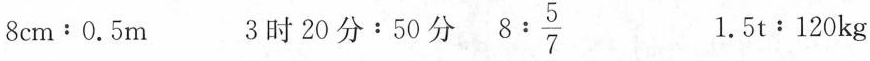
$$8 c m﹔0 . 5 m$$ $$3 时 2 0 分：5 0 分$$ $$8 : \frac { 5 } { 7 }$$ $$1 . 5 t﹔1 2 0 k g$$